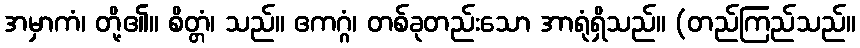
အမှာကံ၊ တို့၏။ စိတ္တံ၊ သည်။ ဧကဂ္ဂံ၊ တစ်ခုတည်းသော အာရုံရှိသည်။ (တည်ကြည်သည်။